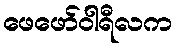
ဖေဖော်ဝါရီလက